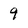
Character: 9